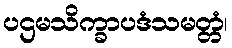
ပဌမသိက္ခာပဒံသမတ္တံ၊